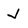
Character: J